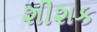
શીશક